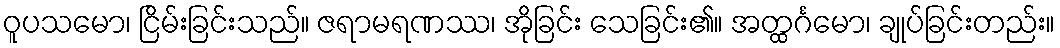
ဝူပသမော၊ ငြိမ်းခြင်းသည်။ ဇရာမရဏဿ၊ အိုခြင်း သေခြင်း၏။ အတ္ထင်္ဂမော၊ ချုပ်ခြင်းတည်း။